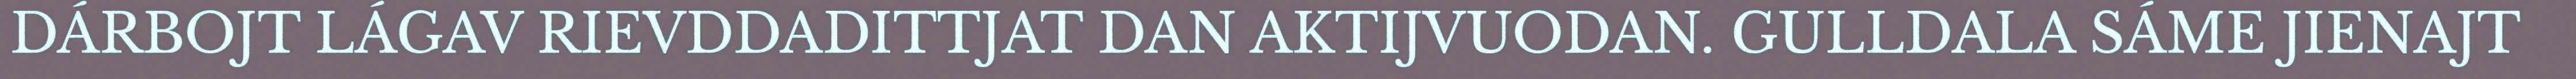
DÁRBOJT LÁGAV RIEVDDADITTJAT DAN AKTIJVUODAN. GULLDALA SÁME JIENAJT